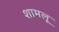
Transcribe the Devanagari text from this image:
शामलू